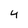
Character: 4